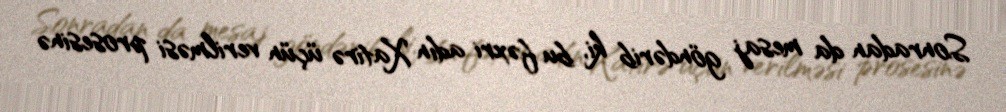
Sonradan da mesaj göndərib ki, bu fəxri adın Xatirə üçün verilməsi prosesinə